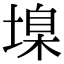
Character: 㙞